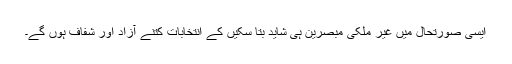
ایسی صورتحال میں غیر ملکی مبصرین ہی شاید بتا سکیں کے انتخابات کتنے آزاد اور شفاف ہوں گے۔